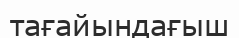
тағайындағыш